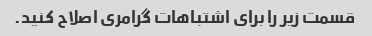
قسمت زیر را برای اشتباهات گرامری اصلاح کنید.